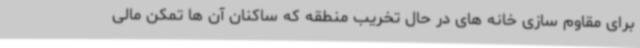
برای مقاوم سازی خانه های در حال تخریب منطقه که ساکنان آن ها تمکن مالی